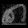
Digit: ၈